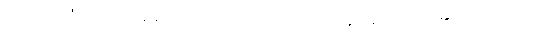
ဥတုသတံ၊ ဥတုတစ်ရာလည်းကောင်း။ ဝဿာနံ၊ မိုးဥတုတို့၏။ ဥတုသတံ၊